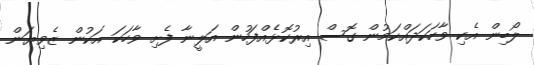
ލޯބިން އެކި ވާހަކަދައްކަމުން ގޮސް އިރުކޮޅެއްފަހުން އަލީނާ ފެށި ވާހަކަ އަކުން ޒެވިޔަން